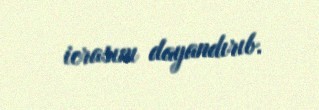
icrasını dayandırıb.